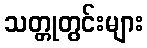
သတ္တုတွင်းများ